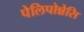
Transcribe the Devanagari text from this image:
पेलिपोन्नेसि